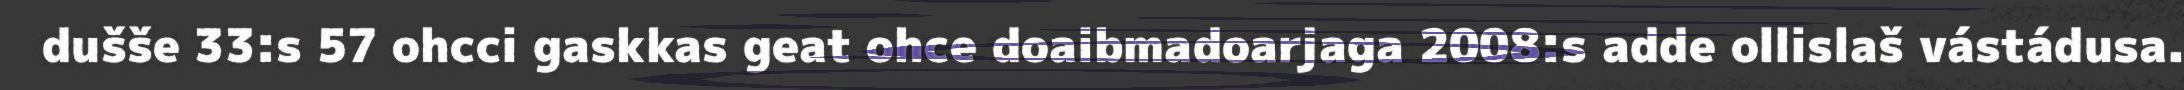
dušše 33:s 57 ohcci gaskkas geat ohce doaibmadoarjaga 2008:s adde ollislaš vástádusa.